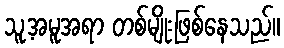
သူ့အမူအရာ တစ်မျိုးဖြစ်နေသည်။